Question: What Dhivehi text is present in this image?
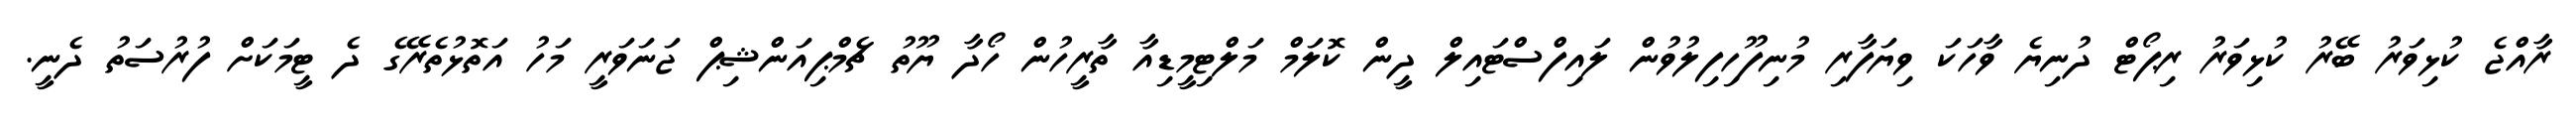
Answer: ރާއްޖެ ކުޅިވަރު ބޭރު ކުޅިވަރު ރިޕޯޓް ދުނިޔެ ވާހަކަ ވިޔަފާރި މުނިފޫހިފިލުވުން ލައިފްސްޓައިލް ދީން ކޮލަމް މަލްޓިމީޑިއާ ތާރީހުން ހޯދާ ޔޫތު ޗެމްޕިއަންޝިޕް ޖަނަވަރީ މަހު އަތޮޅުތެރޭގެ ދެ ޓީމަކަށް ފުރުސަތު ދެނީ.